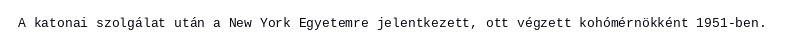
A katonai szolgálat után a New York Egyetemre jelentkezett, ott végzett kohómérnökként 1951-ben.